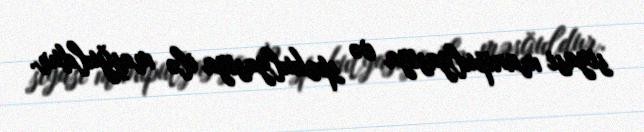
siyasi manipulyasiya və spekulyasiya ilə məşğuldur.